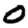
Digit: 0